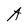
Character: A